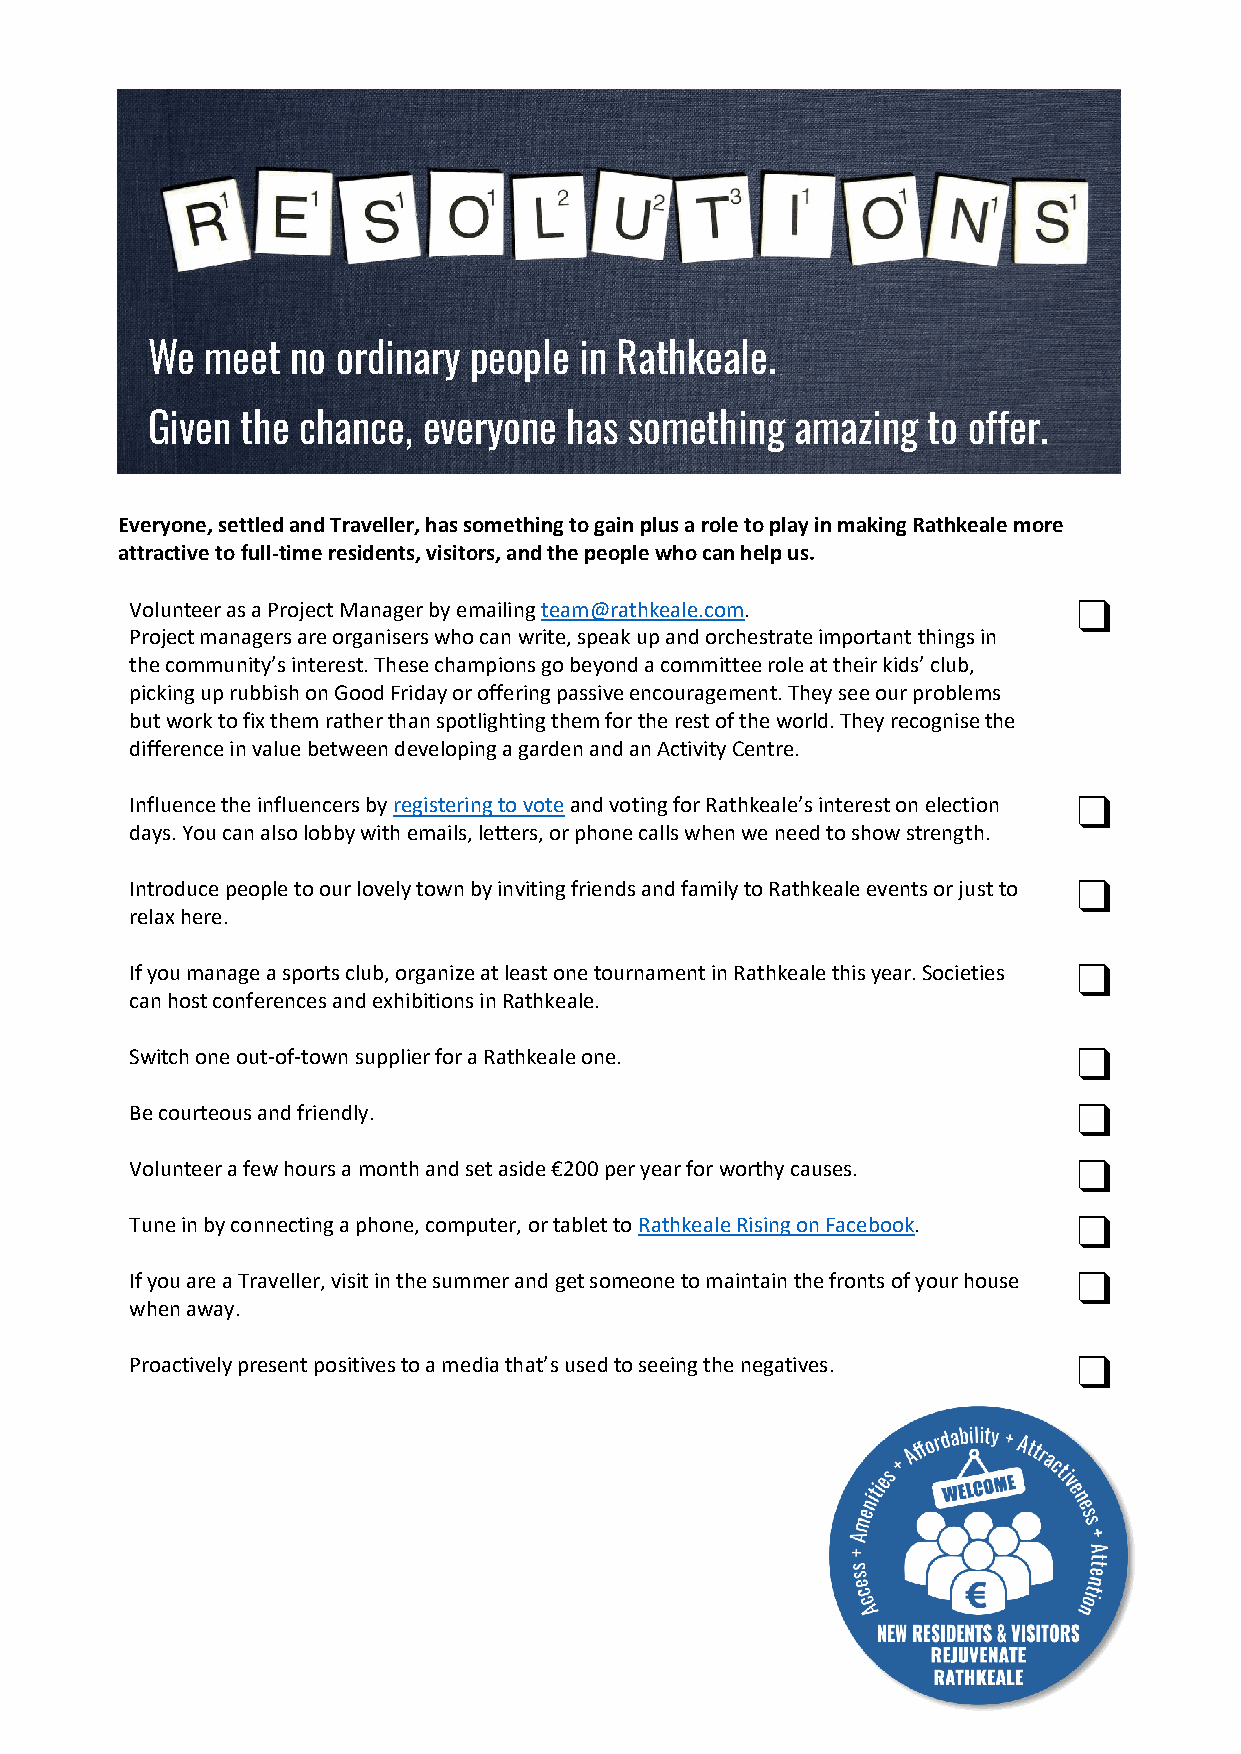
We  meet no ordinary people in Rathkeale.
 Given the chance, everyone  has something  amazing to offer.
 Everyone, settled and Traveller, has something to gain plus a role to play in making Rathkeale more
 attractive to full-time residents, visitors, and the people who can help us.
 Volunteer as a Project Manager by emailing team@rathkeale.com. q
 Project managers are organisers who can write, speak up and orchestrate important things in
 the community’s interest. These champions go beyond a committee role at their kids’ club,
 picking up rubbish on Good Friday or offering passive encouragement. They see our problems
 but work to fix them rather than spotlighting them for the rest of the world. They recognise the
 difference in value between developing a garden and an Activity Centre.
 Influence the influencers by registering to vote and voting for Rathkeale’s interest on election q
 days. You can also lobby with emails, letters, or phone calls when we need to show strength.
 Introduce people to our lovely town by inviting friends and family to Rathkeale events or just to q
 relax here.
 If you manage a sports club, organize at least one tournament in Rathkeale this year. Societies q
 can host conferences and exhibitions in Rathkeale.
 Switch one out-of-town supplier for a Rathkeale one.          q
 Be courteous and friendly.                                    q
 Volunteer a few hours a month and set aside €200 per year for worthy causes. q
 Tune in by connecting a phone, computer, or tablet to Rathkeale Rising on Facebook. q
 If you are a Traveller, visit in the summer and get someone to maintain the fronts of your house q
 when away.
 Proactively present positives to a media that’s used to seeing the negatives. q